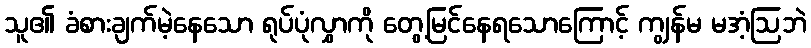
သူ၏ ခံစားချက်မဲ့နေသော ရုပ်ပုံလွှာကို တွေ့မြင်နေရသောကြောင့် ကျွန်မ မအံ့ဩဘဲ